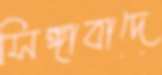
সিঙ্গাবাদে